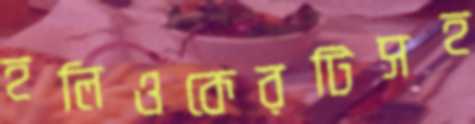
হলিওকেরটিসহ